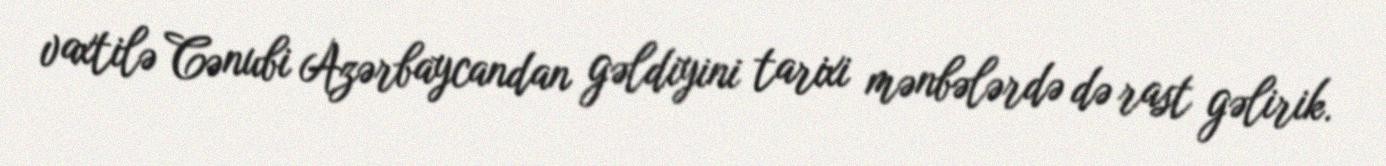
vaxtilə Cənubi Azərbaycandan gəldiyini tarixi mənbələrdə də rast gəlirik.